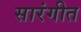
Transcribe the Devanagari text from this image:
सारंगीत